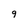
Character: 9